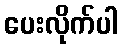
ပေးလိုက်ပါ